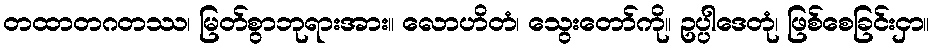
တထာတဂတဿ၊ မြတ်စွာဘုရားအား။ လောဟိတံ၊ သွေးတော်ကို။ ဥပ္ပါဒေတုံ၊ ဖြစ်စေခြင်းငှာ။